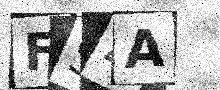
Text: FS4A